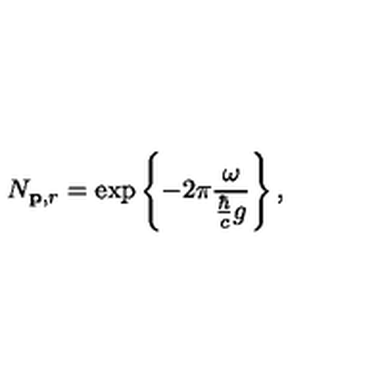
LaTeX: N _ { { \bf p } , r } = \exp \left\{ - 2 \pi \frac { \omega } { \frac { \hbar } { c } g } \right\} ,